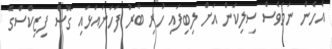
އެހެން ނަމަވެސް ސިލިކަން އަށް ލިބިފައި ހުރި ބާރު ފަހަނައަޅައި ގޮސް ފިިޒިކްސްގެ